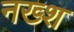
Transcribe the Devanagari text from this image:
नख्श